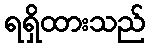
ရရှိထားသည်